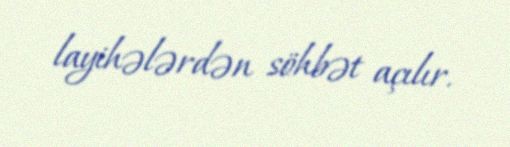
layihələrdən söhbət açılır.